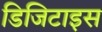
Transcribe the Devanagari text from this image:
डिजिटाइस